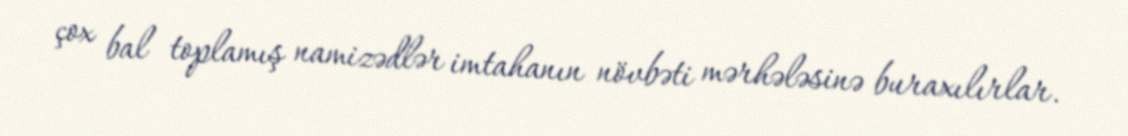
çox bal toplamış namizədlər imtahanın növbəti mərhələsinə buraxılırlar.